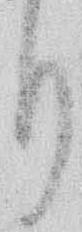
り